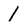
Character: 1